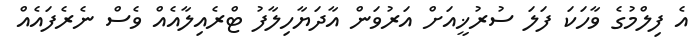
އެ ފިލްމުގެ ވާހަކަ ފަލަ ސުރުޚީއަށް އަރުވަން އާދަޔާހިލާފު ޓްރެއިލާއެއް ވެސް ނެރެފައެއް